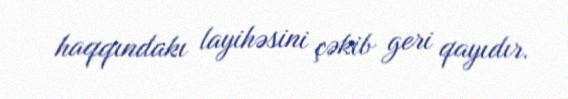
haqqındakı layihəsini çəkib geri qayıdır.